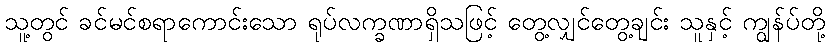
သူ့တွင် ခင်မင်စရာကောင်းသော ရုပ်လက္ခဏာရှိသဖြင့် တွေ့လျှင်တွေ့ချင်း သူနှင့် ကျွန်ပ်တို့